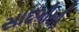
સાદગીથી